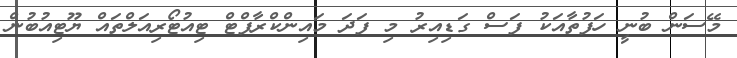
މޭސަން ބުނީ ހަފުތާއަކު ފަސް ގަޑިއިރު މި ފަދަ މައިންކްރާފްޓް ޓިއުޓޯރިއަލްތައް ޔޫޓިއުބުން